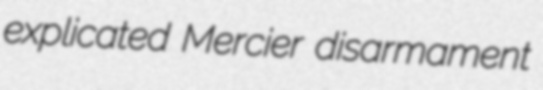
explicated Mercier disarmament